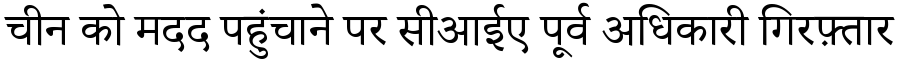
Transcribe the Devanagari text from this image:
चीन को मदद पहुंचाने पर सीआईए पूर्व अधिकारी गिरफ़्तार